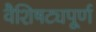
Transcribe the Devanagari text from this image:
वैशिषट्यपूर्ण